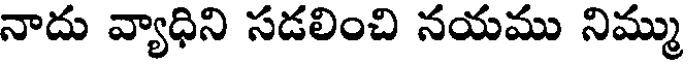
నాదు వ్యాధిని సడలించి నయము నిమ్ము